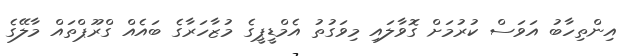
އިންތިހާބު އަވަސް ކުރުމަށް ގޮވާލައި މިވަގުތު އެމްޑީޕީގެ މުޒާހަރާގެ ބައެއް ގްރޫޕްތައް މާލޭގެ